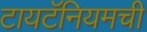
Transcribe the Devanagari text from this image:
टायटॅनियमची